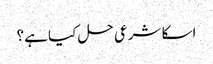
اسکا شرعی حل کیا ہے؟